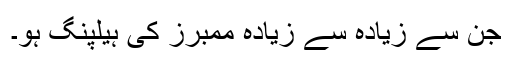
جن سے زیادہ سے زیادہ ممبرز کی ہیلپنگ ہو۔